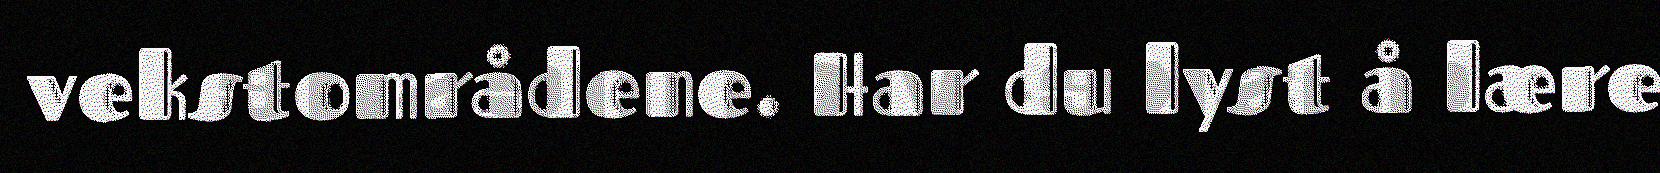
vekstområdene. Har du lyst å lære